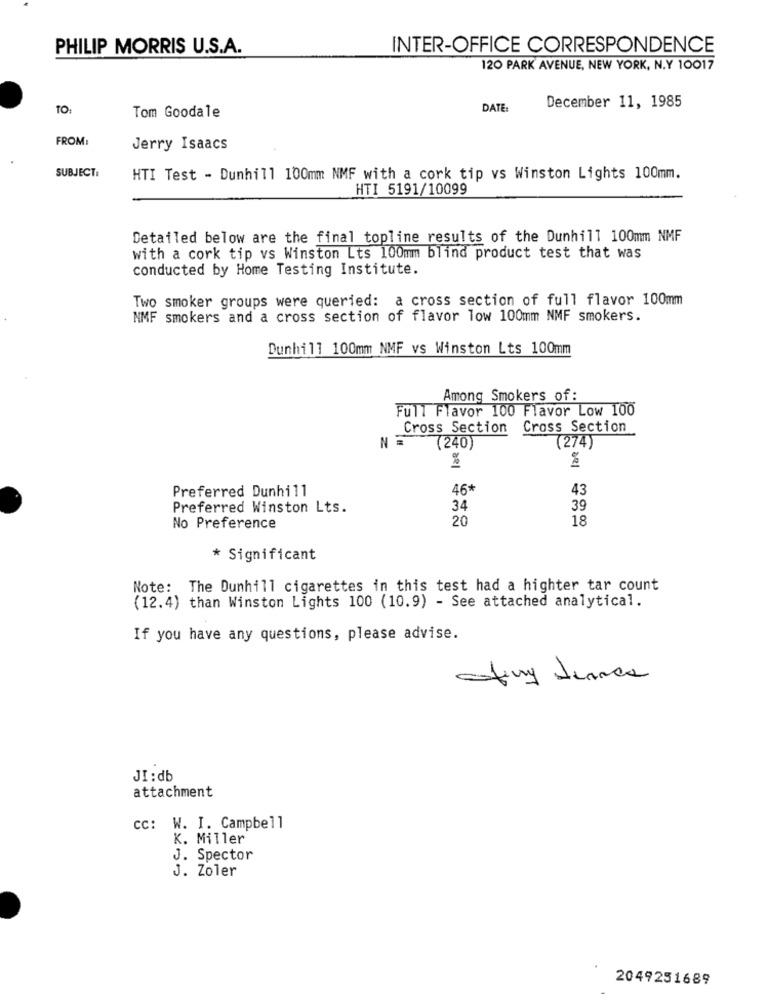
PHILIP MORRIS U.S.A.
INTER-OFFICE CORRESPONDENCE
120 PARK AVENUE, NEW YORK, N.Y 10017
TO:
DATE:
December 11, 1985
Tom Goodale
FROM:
Jerry Isaacs
SUBJECT:
HTI Test - Dunhill 100mm NMF with a cork tip vs Winston Lights 100mm.
HTI 5191/10099
Detailed below are the final topline results of the Dunhill 100mm NMF
with a cork tip vs Winston Lts 100mm blind product test that was
conducted by Home Testing Institute.
Two smoker groups were queried: a cross section of full flavor 100mm
NMF smokers and a cross section of flavor low 100mm NMF smokers.
Dunhill 100mm NMF vs Winston Lts 100mm
Among Smokers of :
Full Flavor 100 Flavor Low 100
Cross Section Cross Section
NE
(274)
(240)
%
%
Preferred Dunhill
46
43
Preferred Winston Lts.
34
39
20
18
No Preference
* Significant
Note: The Dunhill cigarettes in this test had a highter tar count
(12.4) than Winston Lights 100 (10.9) - See attached analytical.
If you have any questions, please advise.
JI : db
attachment
cc: W. I. Campbell
K. Miller
J. Spector
J. Zoler
2049251689